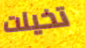
تخيلت